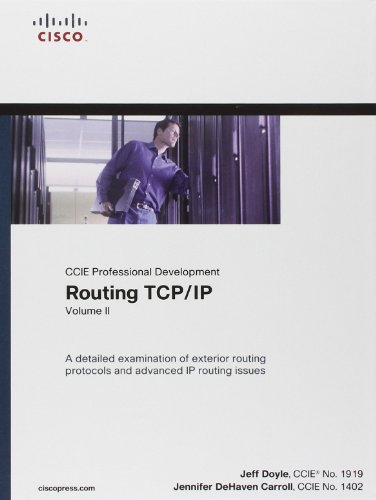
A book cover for Routing TCP/IP, Volume II (CCIE Professional Development); Jeff Doyle; Computers & Technology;